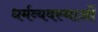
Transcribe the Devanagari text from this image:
धर्मव्यवस्थाओं